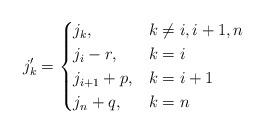
LaTeX: \begin{align*} j_k' = \begin{cases} j_k, & k \neq i, i+1, n \\ j_i - r, & k=i \\ j_{i+1}+p, & k=i+1 \\ j_n+q, & k=n \end{cases} \end{align*}